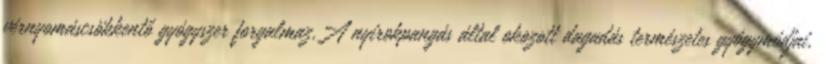
vérnyomáscsökkentő gyógyszer forgalmaz,A nyirokpangás által okozott dagadás természetes gyógymódjai,